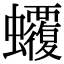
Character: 𧕡